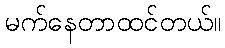
မက်နေတာထင်တယ်။